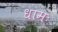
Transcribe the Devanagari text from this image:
धामः